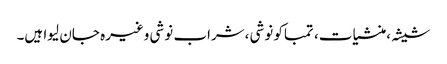
شیشہ ،منشیات، تمباکو نوشی ،شراب نوشی وغیرہ جان لیوا ہیں۔